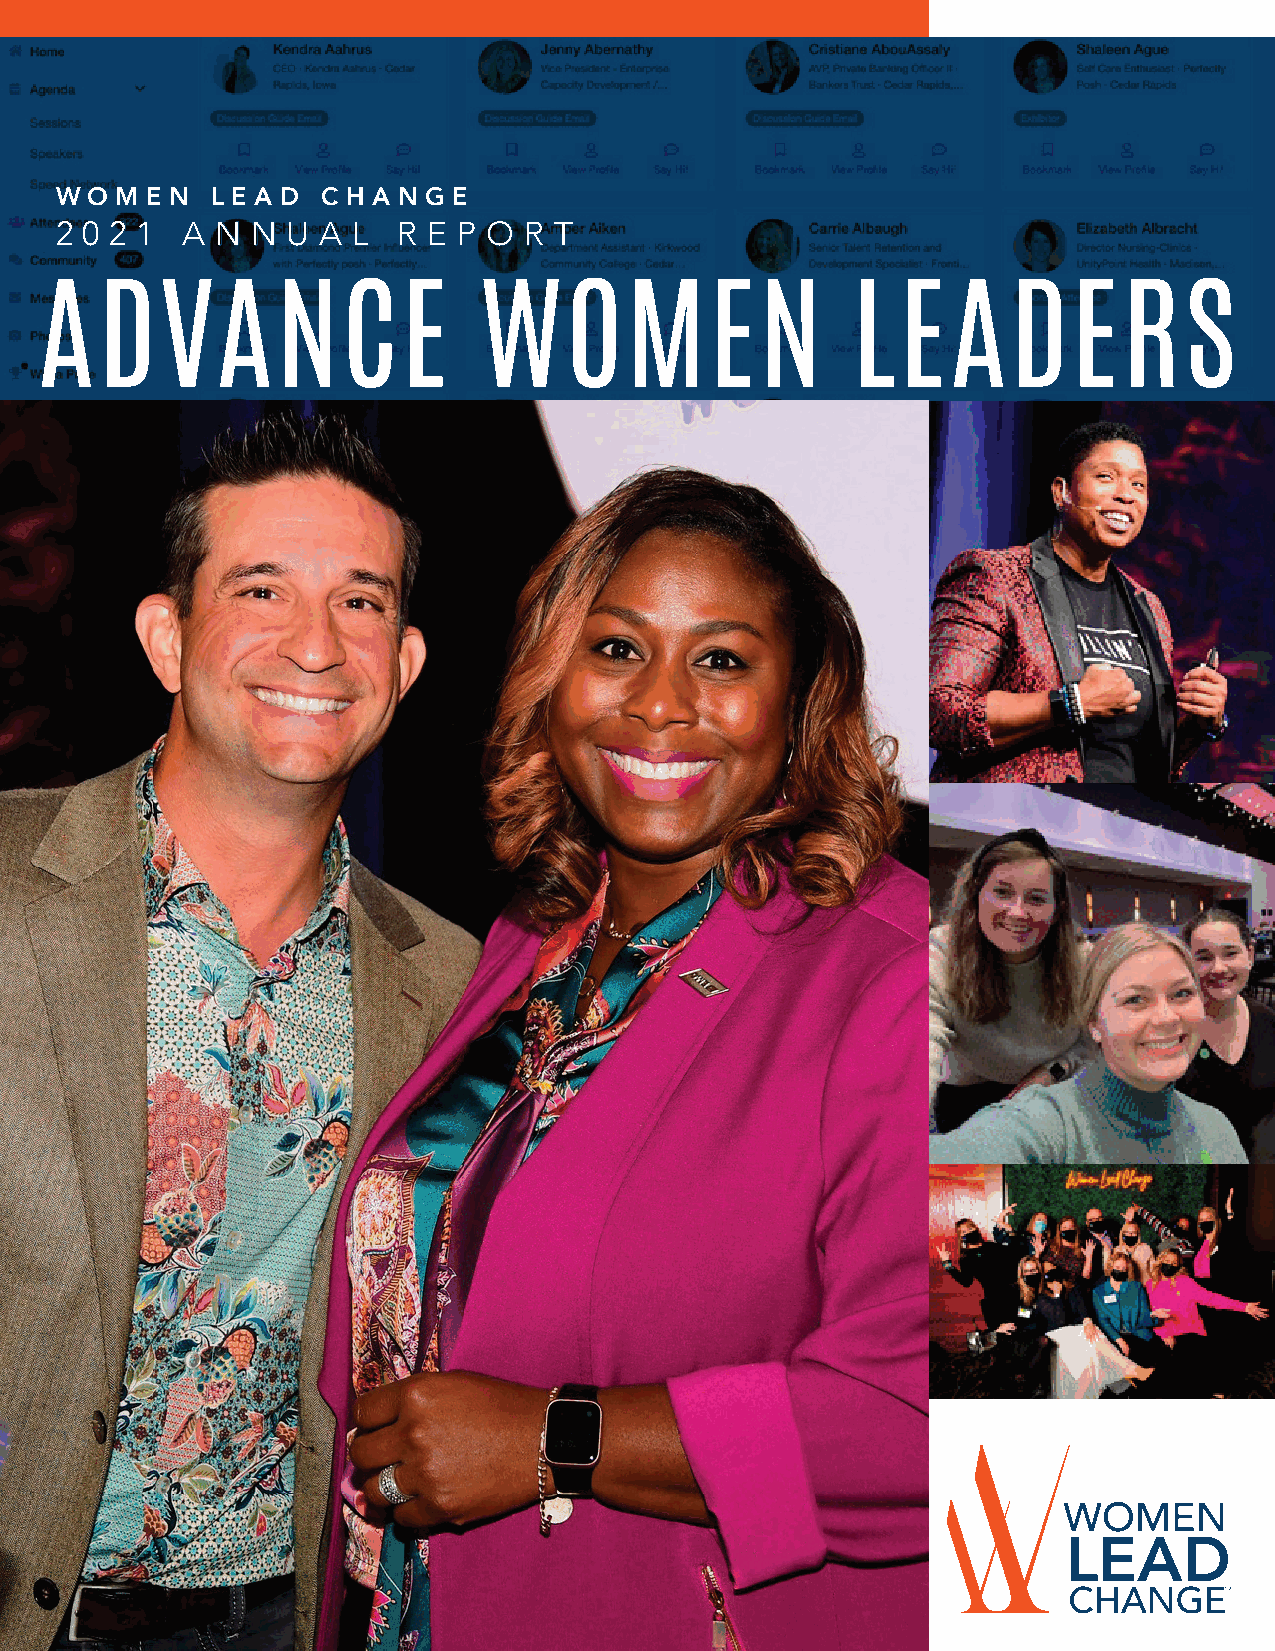
WW OO MM EE NN LL EE AA DD CC HH AA NN GG EE
 22 00 22 11 AA NN NN UU AA LL RR EE PP OO RR TT
 ADVANCE                       WOMEN                   LEADERS